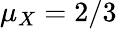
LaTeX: \mu_{X}=2/3